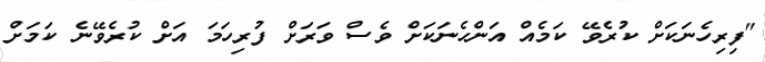
"ފިރިހެނަކަށް ކުރެވޭ ކަމެއް އަންހެނަކަށް ވެސް ވަރަށް ފުރިހަމަ އަށް ކުރެވޭނެ ކަމަށް